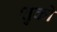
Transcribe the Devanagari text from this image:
शुको